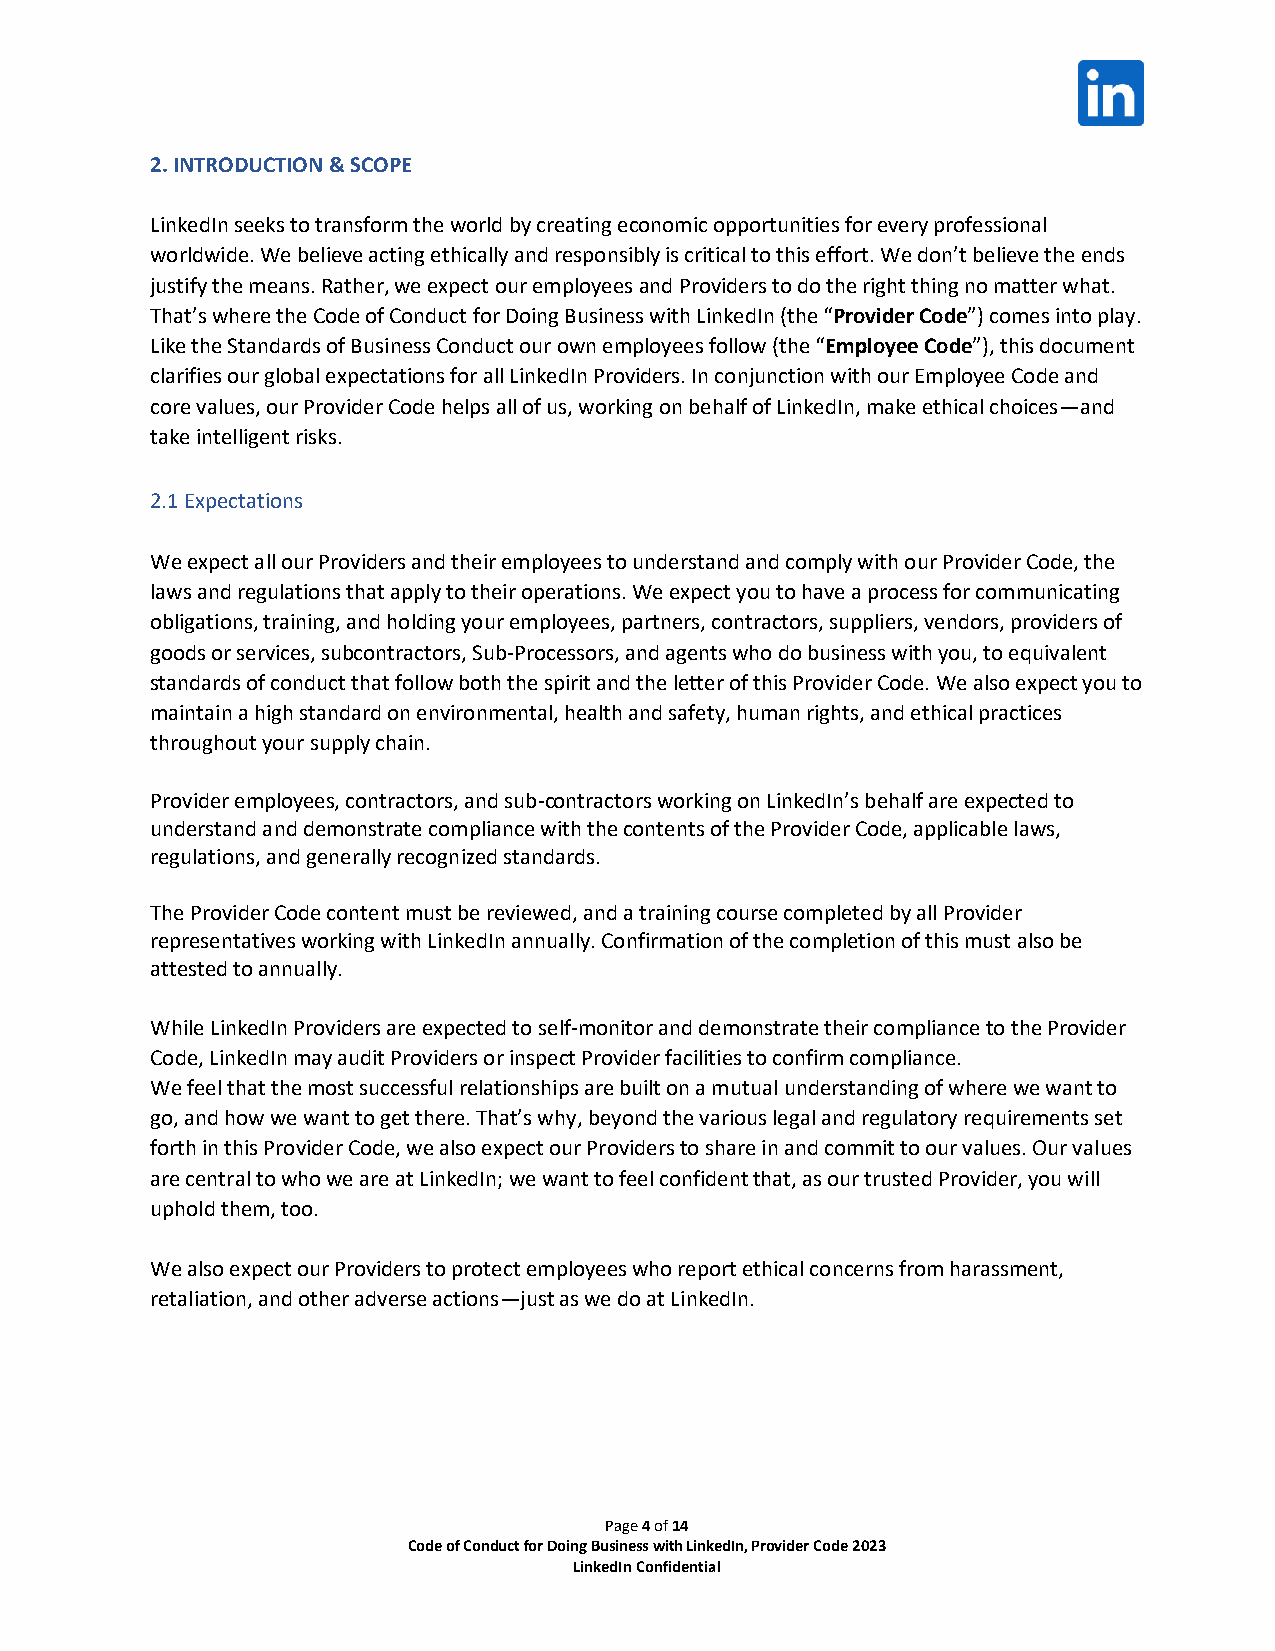
2. INTRODUCTION & SCOPE
 LinkedIn seeks to transform the world by creating economic opportunities for every professional
 worldwide. We believe acting ethically and responsibly is critical to this effort. We don’t believe the ends
 justify the means. Rather, we expect our employees and Providers to do the right thing no matter what.
 That’s where the Code of Conduct for Doing Business with LinkedIn (the “Provider Code”) comes into play.
 Like the Standards of Business Conduct our own employees follow (the “Employee Code”), this document
 clarifies our global expectations for all LinkedIn Providers. In conjunction with our Employee Code and
 core values, our Provider Code helps all of us, working on behalf of LinkedIn, make ethical choices—and
 take intelligent risks.
 2.1 Expectations
 We expect all our Providers and their employees to understand and comply with our Provider Code, the
 laws and regulations that apply to their operations. We expect you to have a process for communicating
 obligations, training, and holding your employees, partners, contractors, suppliers, vendors, providers of
 goods or services, subcontractors, Sub-Processors, and agents who do business with you, to equivalent
 standards of conduct that follow both the spirit and the letter of this Provider Code. We also expect you to
 maintain a high standard on environmental, health and safety, human rights, and ethical practices
 throughout your supply chain.
 Provider employees, contractors, and sub-contractors working on LinkedIn’s behalf are expected to
 understand and demonstrate compliance with the contents of the Provider Code, applicable laws,
 regulations, and generally recognized standards.
 The Provider Code content must be reviewed, and a training course completed by all Provider
 representatives working with LinkedIn annually. Confirmation of the completion of this must also be
 attested to annually.
 While LinkedIn Providers are expected to self-monitor and demonstrate their compliance to the Provider
 Code, LinkedIn may audit Providers or inspect Provider facilities to confirm compliance.
 We feel that the most successful relationships are built on a mutual understanding of where we want to
 go, and how we want to get there. That’s why, beyond the various legal and regulatory requirements set
 forth in this Provider Code, we also expect our Providers to share in and commit to our values. Our values
 are central to who we are at LinkedIn; we want to feel confident that, as our trusted Provider, you will
 uphold them, too.
 We also expect our Providers to protect employees who report ethical concerns from harassment,
 retaliation, and other adverse actions—just as we do at LinkedIn.
 Page 4 of 14
 Code of Conduct for Doing Business with LinkedIn, Provider Code 2023
 LinkedIn Confidential